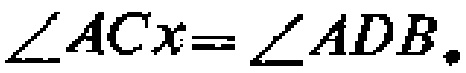
$\angle ACx=\angle ADB.$